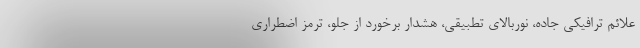
علائم ترافیکی جاده، نوربالای تطبیقی، هشدار برخورد از جلو، ترمز اضطراری